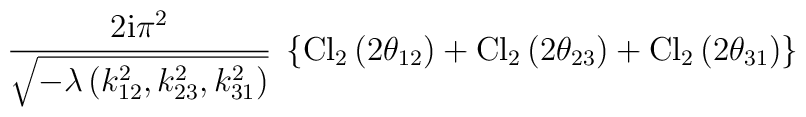
\frac{2\mbox{i}\pi^2}     {\sqrt{-\lambda\left(k_{12}^2,k_{23}^2,k_{31}^2\right)}} \;\left\{ \mbox{Cl}_2\left(2\theta_{12}\right)        + \mbox{Cl}_2\left(2\theta_{23}\right)       + \mbox{Cl}_2\left(2\theta_{31}\right) \right\}